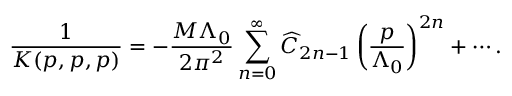
\frac { 1 } { K ( p , p , p ) } = - { \frac { M \Lambda _ { 0 } } { 2 \pi ^ { 2 } } } \sum _ { n = 0 } ^ { \infty } \widehat C _ { 2 n - 1 } \left( { \frac { p } { \Lambda _ { 0 } } } \right) ^ { 2 n } + \cdots .